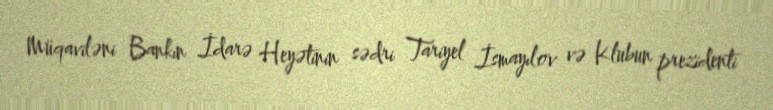
Müqaviləni Bankın İdarə Heyətinin sədri Tariyel İsmayılov və Klubun prezidenti